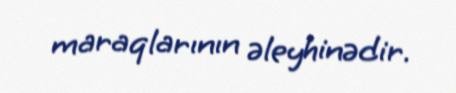
maraqlarının əleyhinədir.